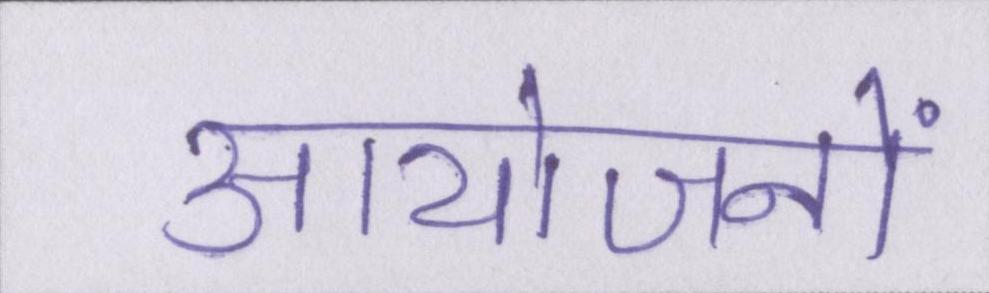
आयोजनों